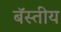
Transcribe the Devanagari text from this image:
बॅस्तीय